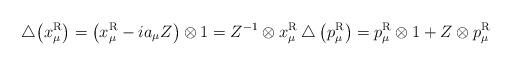
LaTeX: \begin{gather*}\bigtriangleup\big(x_\mu^{\rm R}\big)=\big(x_\mu^{\rm R}-ia_\mu Z\big)\otimes1=Z^{-1}\otimes x_\mu^{\rm R}\bigtriangleup\big(p_\mu^{\rm R}\big)=p_\mu^{\rm R}\otimes1+Z\otimes p_\mu^{\rm R}\end{gather*}